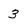
Character: 3